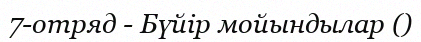
7-отряд - Бүйір мойындылар ()